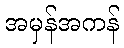
အမှန်အကန်